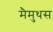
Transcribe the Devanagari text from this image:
मैमुथस